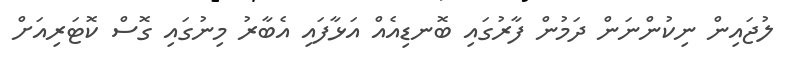
ލުޖައިން ނިކުންނަން ދަމުން ފާރުގައި ބޮނޑިއެއް އަޅާފައި އެބާރު މިނުގައި ގޮސް ކޮޓަރިއަށް